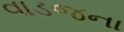
વાડજના